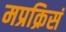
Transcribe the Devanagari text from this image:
मप्रक्रिसं